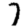
Digit: 7